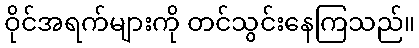
ဝိုင်အရက်များကို တင်သွင်းနေကြသည်။